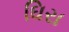
ઘિરા